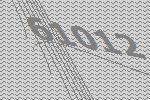
61012